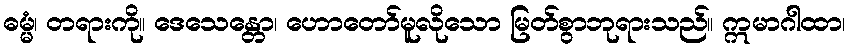
ဓမ္မံ၊ တရားကို။ ဒေသေန္တော၊ ဟောတော်မူလိုသော မြတ်စွာဘုရားသည်။ ဣမာဂါထာ၊